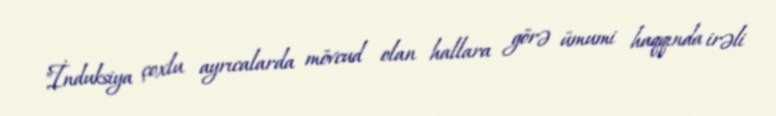
"İnduksiya çoxlu ayrıcalarda mövcud olan hallara görə ümumi haqqında irəli